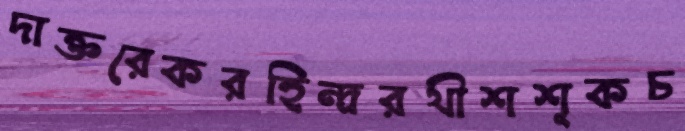
দাক্তরেকরহিন্দ্ররথীশশূকচ